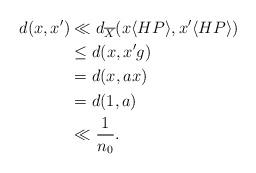
LaTeX: \begin{align*} d(x,x') &\ll d_{\overline{X}}( x \langle HP \rangle, x' \langle HP \rangle ) \\&\leq d( x, x' g) \\& = d( x, ax ) \\&= d( 1, a ) \\&\ll \frac{1}{n_0}.\end{align*}